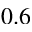
0 . 6